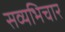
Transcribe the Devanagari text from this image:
सव्यभिचार